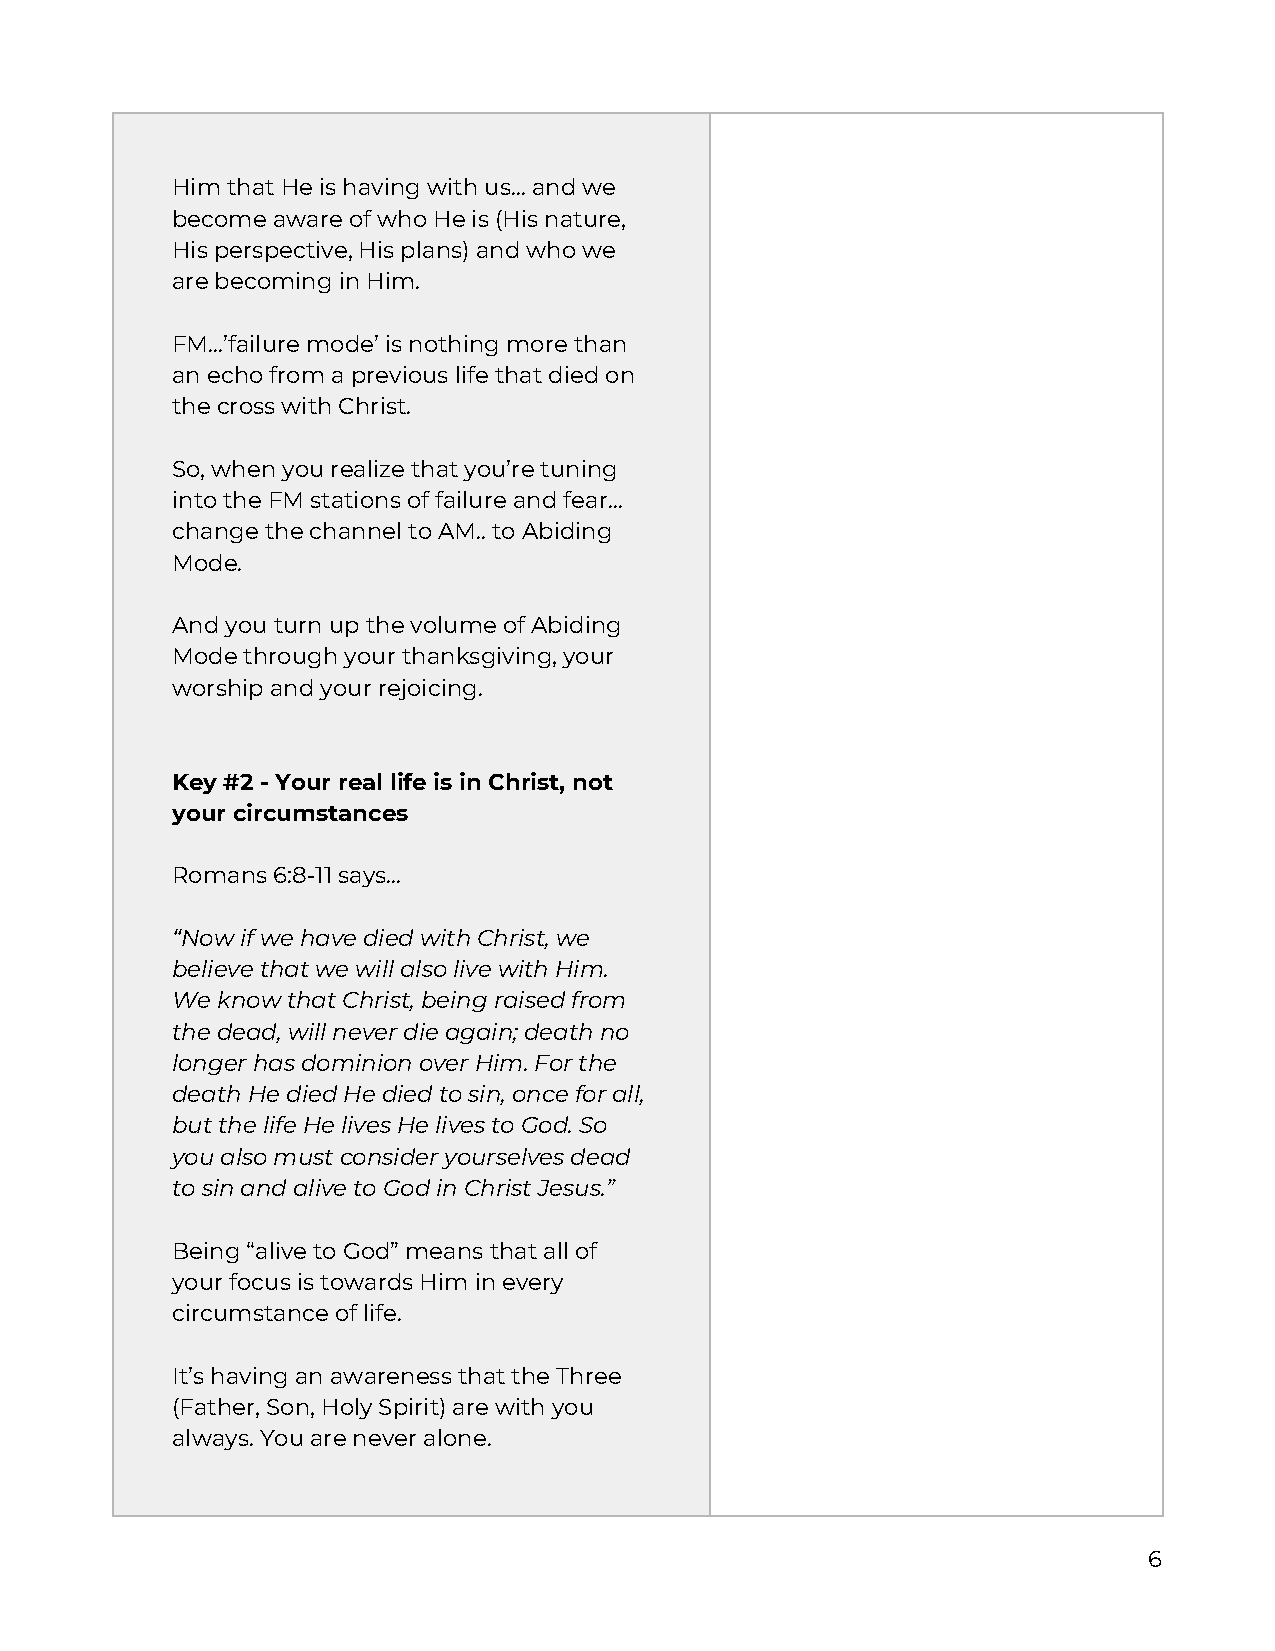
Him that He is having with us… and we
 become aware of who He is (His nature,
 His perspective, His plans) and who we
 are becoming in Him.
 FM…’failure mode’ is nothing more than
 an echo from a previous life that died on
 the cross with Christ.
 So, when you realize that you’re tuning
 into the FM stations of failure and fear…
 change the channel to AM.. to Abiding
 Mode.
 And you turn up the volume of Abiding
 Mode through your thanksgiving, your
 worship and your rejoicing.
 Key #2 - Your real life is in Christ, not
 your circumstances
 Romans 6:8-11 says…
 “Now if we have died with Christ, we
 believe that we will also live with Him.
 We know that Christ, being raised from
 the dead, will never die again; death no
 longer has dominion over Him. For the
 death He died He died to sin, once for all,
 but the life He lives He lives to God. So
 you also must consider yourselves dead
 to sin and alive to God in Christ Jesus.”
 Being “alive to God” means that all of
 your focus is towards Him in every
 circumstance of life.
 It’s having an awareness that the Three
 (Father, Son, Holy Spirit) are with you
 always. You are never alone.
 6